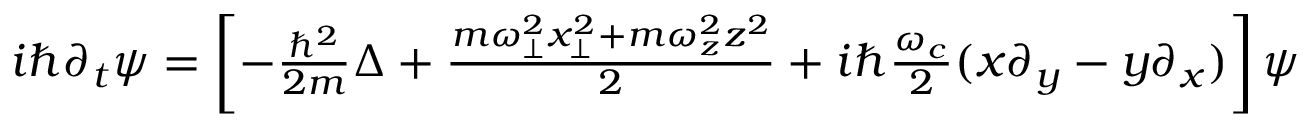
\begin{array} { r } { i \hbar \partial _ { t } \psi = \left[ - \frac { \hbar ^ { 2 } } { 2 m } \Delta + \frac { m \omega _ { \perp } ^ { 2 } x _ { \perp } ^ { 2 } + m \omega _ { z } ^ { 2 } z ^ { 2 } } { 2 } + i \hbar \frac { \omega _ { c } } { 2 } ( x \partial _ { y } - y \partial _ { x } ) \right] \psi } \end{array}